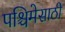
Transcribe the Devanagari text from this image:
पश्चिमेसाठी